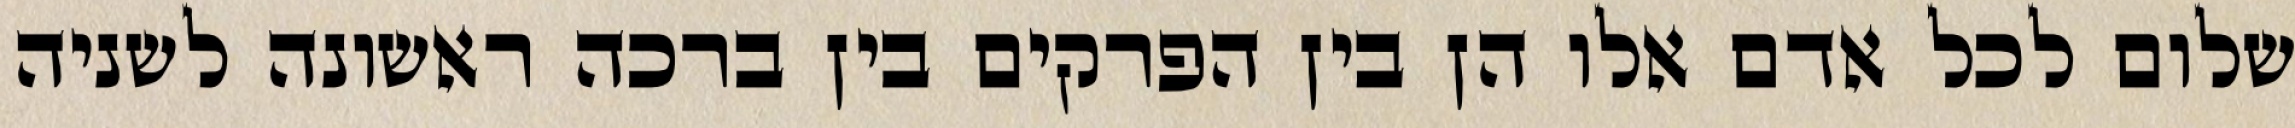
שלום לכל אדם אלו הן בין הפרקים בין ברכה ראשונה לשניה